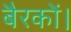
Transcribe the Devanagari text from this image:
बैरकों।